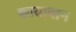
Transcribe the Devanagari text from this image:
कायावान